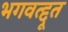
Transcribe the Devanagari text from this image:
भगवत्द्दूत